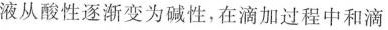
液从酸性逐渐变为碱性，在滴加过程中和滴